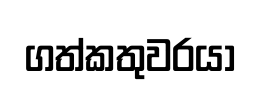
ගත්කතුවරයා